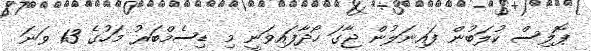
ޕޮލިސް ކުލަބުން ފައިނަލުން ޖާގަ ހޯދާފައިވަނީ މި ޑިސެމްބަރު މަހުގެ 13 ވަނަ